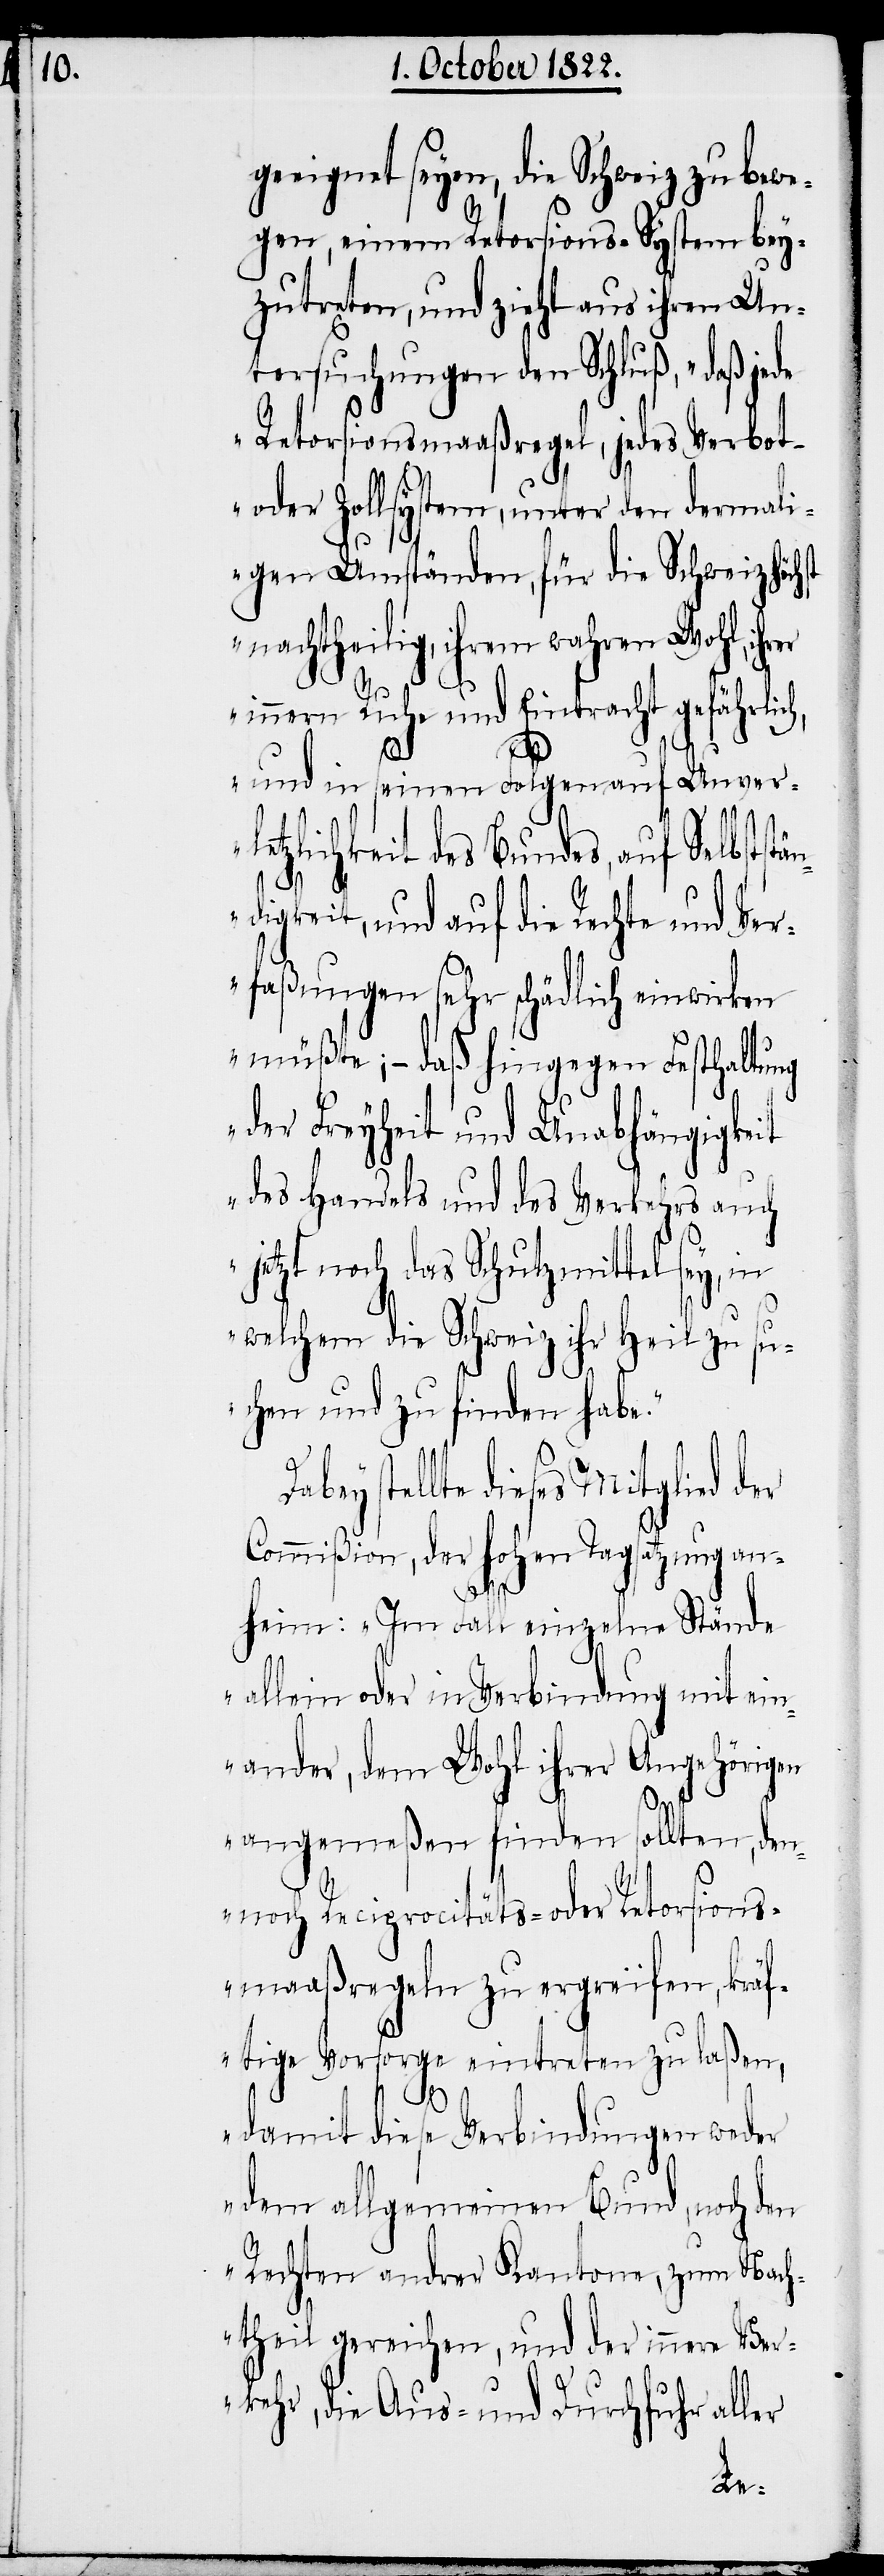
geeignet seyen, die Schweiz zu bewe¬
gen, einem Retorsions-System bey¬
zutreten, und zieht aus ihren Un¬
tersuchungen den Schluß, „daß jede
Retorsionsmaaßregel, jedes Verbot-
oder Zollsystem, unter den dermali¬
gen Umständen, für die Schweiz höch¬
nachtheilig, ihrem wahren Wohl, ihrer
Da¬
innern Ruhe und Eintracht gefährlic¬
än¬
und in seinen Folgen auf Unver¬
letzlichkeit des Bundes, auf Selbstst¬
digkeit, und auf die Rechte und Ver¬
faßungen sehr schädlich einwirken
müßte; – daß hingegen Festhaltung
der Freyheit und Unabhängigkeit
des Handels und des Verkehrs auch
jetzt noch das Schutzmittel sey, in
welchem die Schweiz ihr Heil zu su¬
chen und zu finden habe.“
bey stellte dieses Mitglied
Commißion, der hohen Tagsatzung an¬
heim: „Im Fall einzelne Stände
allein oder in Verbindung mit ein¬
ander, dem Wohl ihrer Angehörigen
angemeßen finden sollten, den¬
noch Reciprocitäts- oder Retorsions¬
maaßregeln zu ergreifen, kräf¬
tige Vorsorge eintreten zu laßen,
damit diese Verbindungen weder
dem allgemeinen Bund, noch den
Rechten andrer Kantone, zum Nach¬
theil gereichen, und der innere Ver¬
kehr, die Aus- und Durchfuhr aller
der